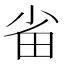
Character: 𭻂